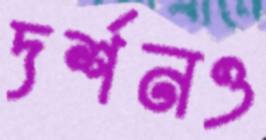
দর্শনও